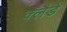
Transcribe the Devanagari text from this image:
क्लैडे